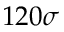
1 2 0 \sigma